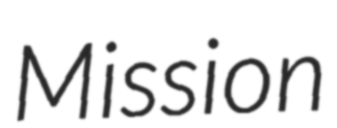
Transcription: Mission